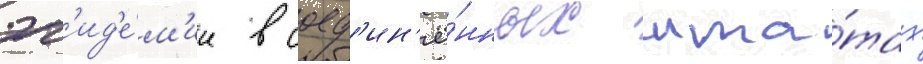
эп'ид'е́м'ии в соед'ин'ё́нных шта́тах